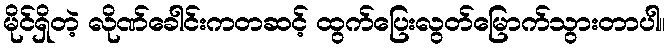
မိုင်ရှိတဲ့ လိုဏ်ခေါင်းကတဆင့် ထွက်ပြေးလွတ်မြောက်သွားတာပါ။